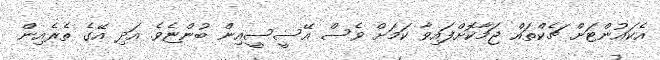
އެކައުންޓަށް ޗެކްތައް ޖަމާކޮށްފައިވާ ކަމަށް ވެސް އޭސީސީއިން ބުންޏެވެ. އަދި އޭގެ ތެރެއިން